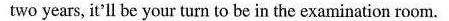
two years, it'll be your turn to be in the examination room.